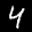
Label: 4